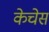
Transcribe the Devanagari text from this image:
केचेस